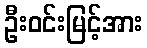
ဦးဝင်းမြင့်အား